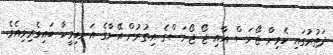
ދަތުރުގައި ކެވިން ޖޯނަސް އާއި ޖޯ ޖޯނަސްގެ އިތުރުން އޭނާގެ އަނބިމީހާ ބައިވެރިވިއެވެ.